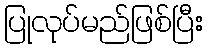
ပြုလုပ်မည်ဖြစ်ပြီး